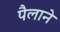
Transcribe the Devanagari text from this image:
पैलाने